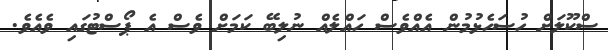
ސްކޫލަށް ހުސަހެޅުމުން އެއްވެސް ހައްލެއް ނުލިބޭ ކަމަށް ވެސް އެ ޕޯސްޓުގައި ވެއެވެ.